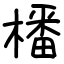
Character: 橎